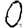
Digit: 0